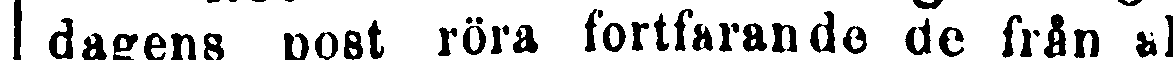
dagens post röra fortfarande de från al